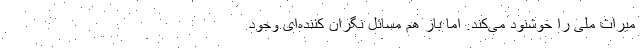
میراثِ ملی را خوشنود می‌کند. اما باز هم مسائل نگران کننده‌ای وجود